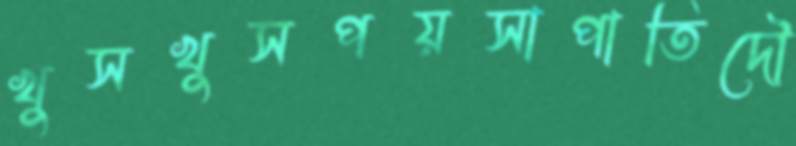
খুসখুসপয়সাপাতিদৌ